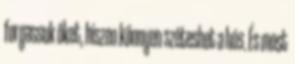
forgassuk őket, hiszen könnyen széteshet a hús. És most